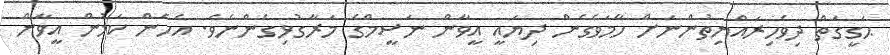
ޙަގީގަތް ދިވެހިރައްޔިތުންނަށް ހާމަވެގެން ދިޔައީ އީވާން ނަސީމްގެ މަރާގުޅިގެންނެވެ. އެހެން ކަމުން އީވާން